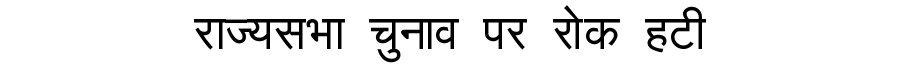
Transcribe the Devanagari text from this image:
राज्यसभा चुनाव पर रोक हटी